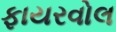
ફાયરવોલ